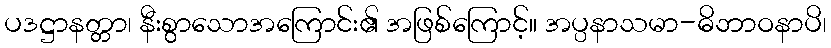
ပဒဋ္ဌာနတ္တာ၊ နီးစွာသောအကြောင်း၏ အဖြစ်ကြောင့်။ အပ္ပနာသမာ-ဓိဘာဝနာပိ၊